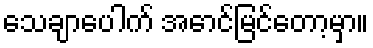
သေချာပေါက် အောင်မြင်တော့မှာ။